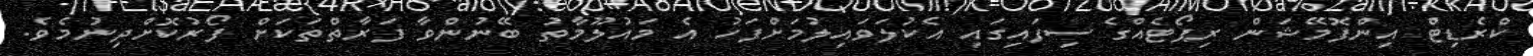
ކްރެޑިޓް އިންފޮމޭޝަން ރިޕޯޓެއްގެ ސިފައިގައި އެކުލަވައިލުމަށްފަހު އެ މައުލޫމާތު ބޭނުންވާ ފަރާތްތަކަށް ފޯރުކޮށްދިނުމެވެ.